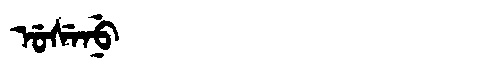
Manchu: ᡠᠰᡝᠨᡠ
Romanization: USENU